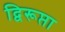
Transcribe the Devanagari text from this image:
द्विरूप्ता